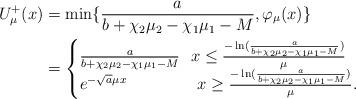
LaTeX: \begin{align*}U_{\mu}^{+}(x)&=\min\{\frac{a}{b+\chi_2\mu_2-\chi_1\mu_1-M}, \varphi_{\mu}(x)\}\\&=\begin{cases}\frac{a}{b+\chi_2\mu_2-\chi_1\mu_1-M} \ \ x\leq \frac{-\ln(\frac{a}{b+\chi_2\mu_2-\chi_1\mu_1-M})}{\mu}\\e^{- \sqrt a \mu x} \qquad\qquad\ x\geq \frac{-\ln(\frac{a}{b+\chi_2\mu_2-\chi_1\mu_1-M})}{\mu}.\end{cases}\end{align*}